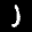
Label: 1